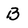
Character: B